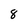
Character: 8